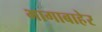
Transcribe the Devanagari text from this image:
भागाबाहेर